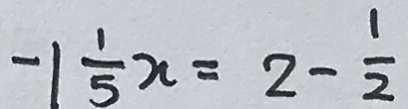
- 1 \frac { 1 } { 5 } x = 2 - \frac { 1 } { 2 }